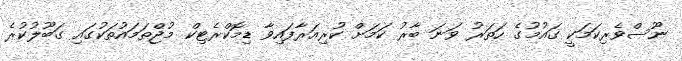
ނޫސްވެރިކަމަކީ ގައުމުގެ ހަތަރު ވަނަ ބާރު ކަމަށް ކުރިއަރާފައިވާ ޑިމޮކްރެޓިކް މުޖްތަމައުތަކުގައި ގަބޫލުކުރެ